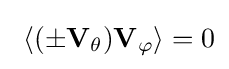
~\langle \mathbf {(\pm V_{\theta })V_{\varphi }} \rangle =0